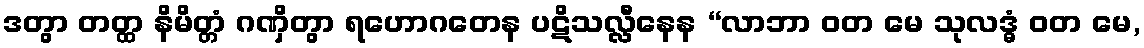
ဒတွာ တတ္ထ နိမိတ္တံ ဂဏှိတွာ ရဟောဂတေန ပဋိသလ္လီနေန “လာဘာ ဝတ မေ သုလဒ္ဓံ ဝတ မေ,